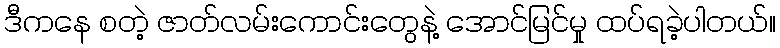
ဒီကနေ စတဲ့ ဇာတ်လမ်းကောင်းတွေနဲ့ အောင်မြင်မှု ထပ်ရခဲ့ပါတယ်။